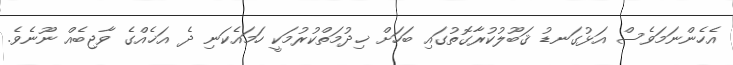
އެހެންނަމަވެސް އަޅުގަނޑު ޤަބޫލުކުރާގޮތުގައި ބަހަށް ޚިދުމަތްކުރުމަކީ ހަމައެކަނި ދެ އަޚެއްގެ ވާޖިބެއް ނޫނެވެ.